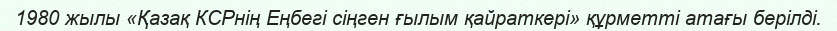
1980 жылы «Қазақ КСРнің Еңбегі сіңген ғылым қайраткері» құрметті атағы берілді.